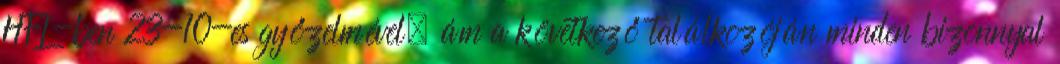
HFL-ben 23-10-es győzelmével, ám a következő találkozóján minden bizonnyal